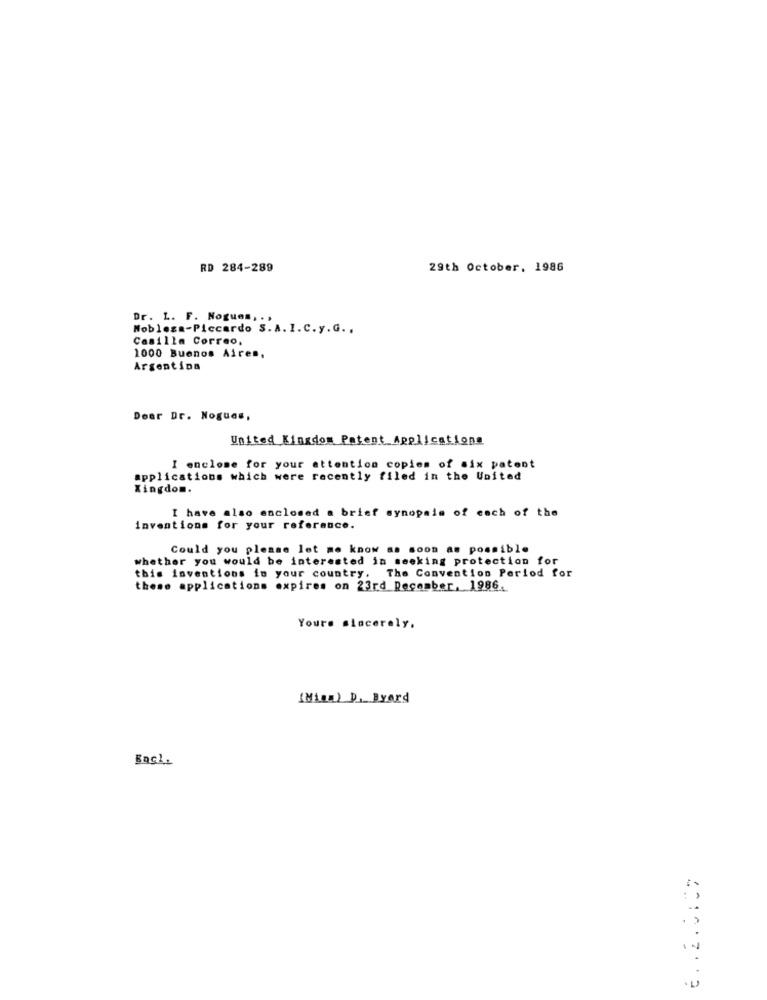
RD 284-289
29th October, 1986
Dr. L. F. Nogues, . .
Nobleza-Piccardo S.A.I.C.y.G ..
Casilla Correo,
1000 Buenos Aires,
Argentina
Deer Dr. Noguas,
United Kingdom Patent Applications
I enclose for your attention copies of six patent
applications which were recently filed in the United
Xingdom.
I have also enclosed a brief synopsis of each of the
inventions for your referance.
Could you please let me know as soon as possible
whether you would be interested in seeking protection for
this inventions in your country. The Convention Period for
these applications expires on 23rd December, 1986
Yours sincerely,
(Min) D, Byard
Bac1.